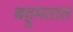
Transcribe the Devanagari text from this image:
बहुमतात